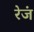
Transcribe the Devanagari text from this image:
रेजं